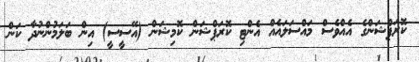
ކޮރަޕްޝަންގެ އެއްވެސް މައްސަލައެއް އެންޓި ކޮރަޕްޝަން ކޮމިޝަން (އޭސީސީ) އިން ބަލަމުންނުދާ ކަން